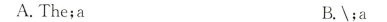
A.The;a B.\;a